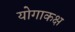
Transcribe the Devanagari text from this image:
योगाकक्ष